Civil Veterinary Dept. Bombay admin report 1923-31 - 1923-1931
Year: 1923
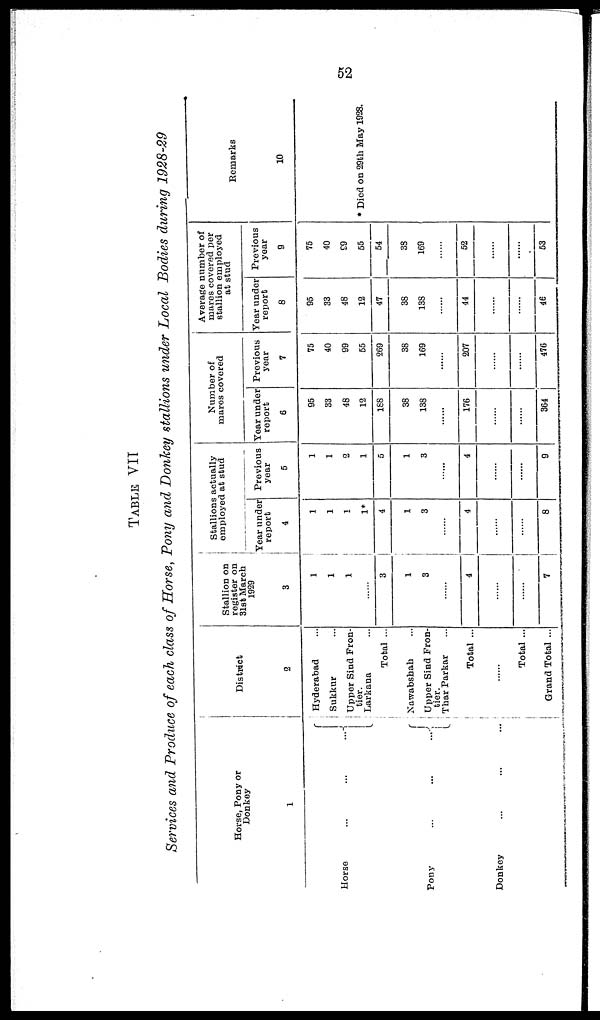
52
TABLE VII
Services and Produce of each class of Horse, Pony and Donkey stallions under Local Bodies during 1928-29
Horse, Pony or
Donkey
1
Horse...
......
Pony...
...
...
Donkey... ... ...
Distinct
2
Hyderabad ...
Sukkur ...
Upper Bind Fron-
tier.
Larkana ...
Total ...
Nawabshah ...
Upper Sind Fron-
tier.
Thar Parkar ...
Total ...
......
Total ...
Grand Total ...
Stallion on
register on
31st March
1929
3
1
1
1
......
3
1
3
......
4
......
......
7
Stallions actually
employed at stud
Year under
report
4
1
1
1
1*
4
1
3
......
4
......
......
8
Previous
year
5
1
1
2
1
5
1
3
......
4
......
......
9
Number of
mares covered
Year under
report
6
95
33
48
12
168
38
138
.......
176
......
......
364
Previous
year
7
75
40
99
55
269
38
169
......
207
......
......
476
Average number of
mares covered per
stallion employed
at stud
Year under
report
8
95
33
48
12
47
38
138
......
44
......
......
46
Previous
year
9
75
40
99
55
54
38
169
......
52
......
......
53
Remarks
10
* Died on 29th May 1928.